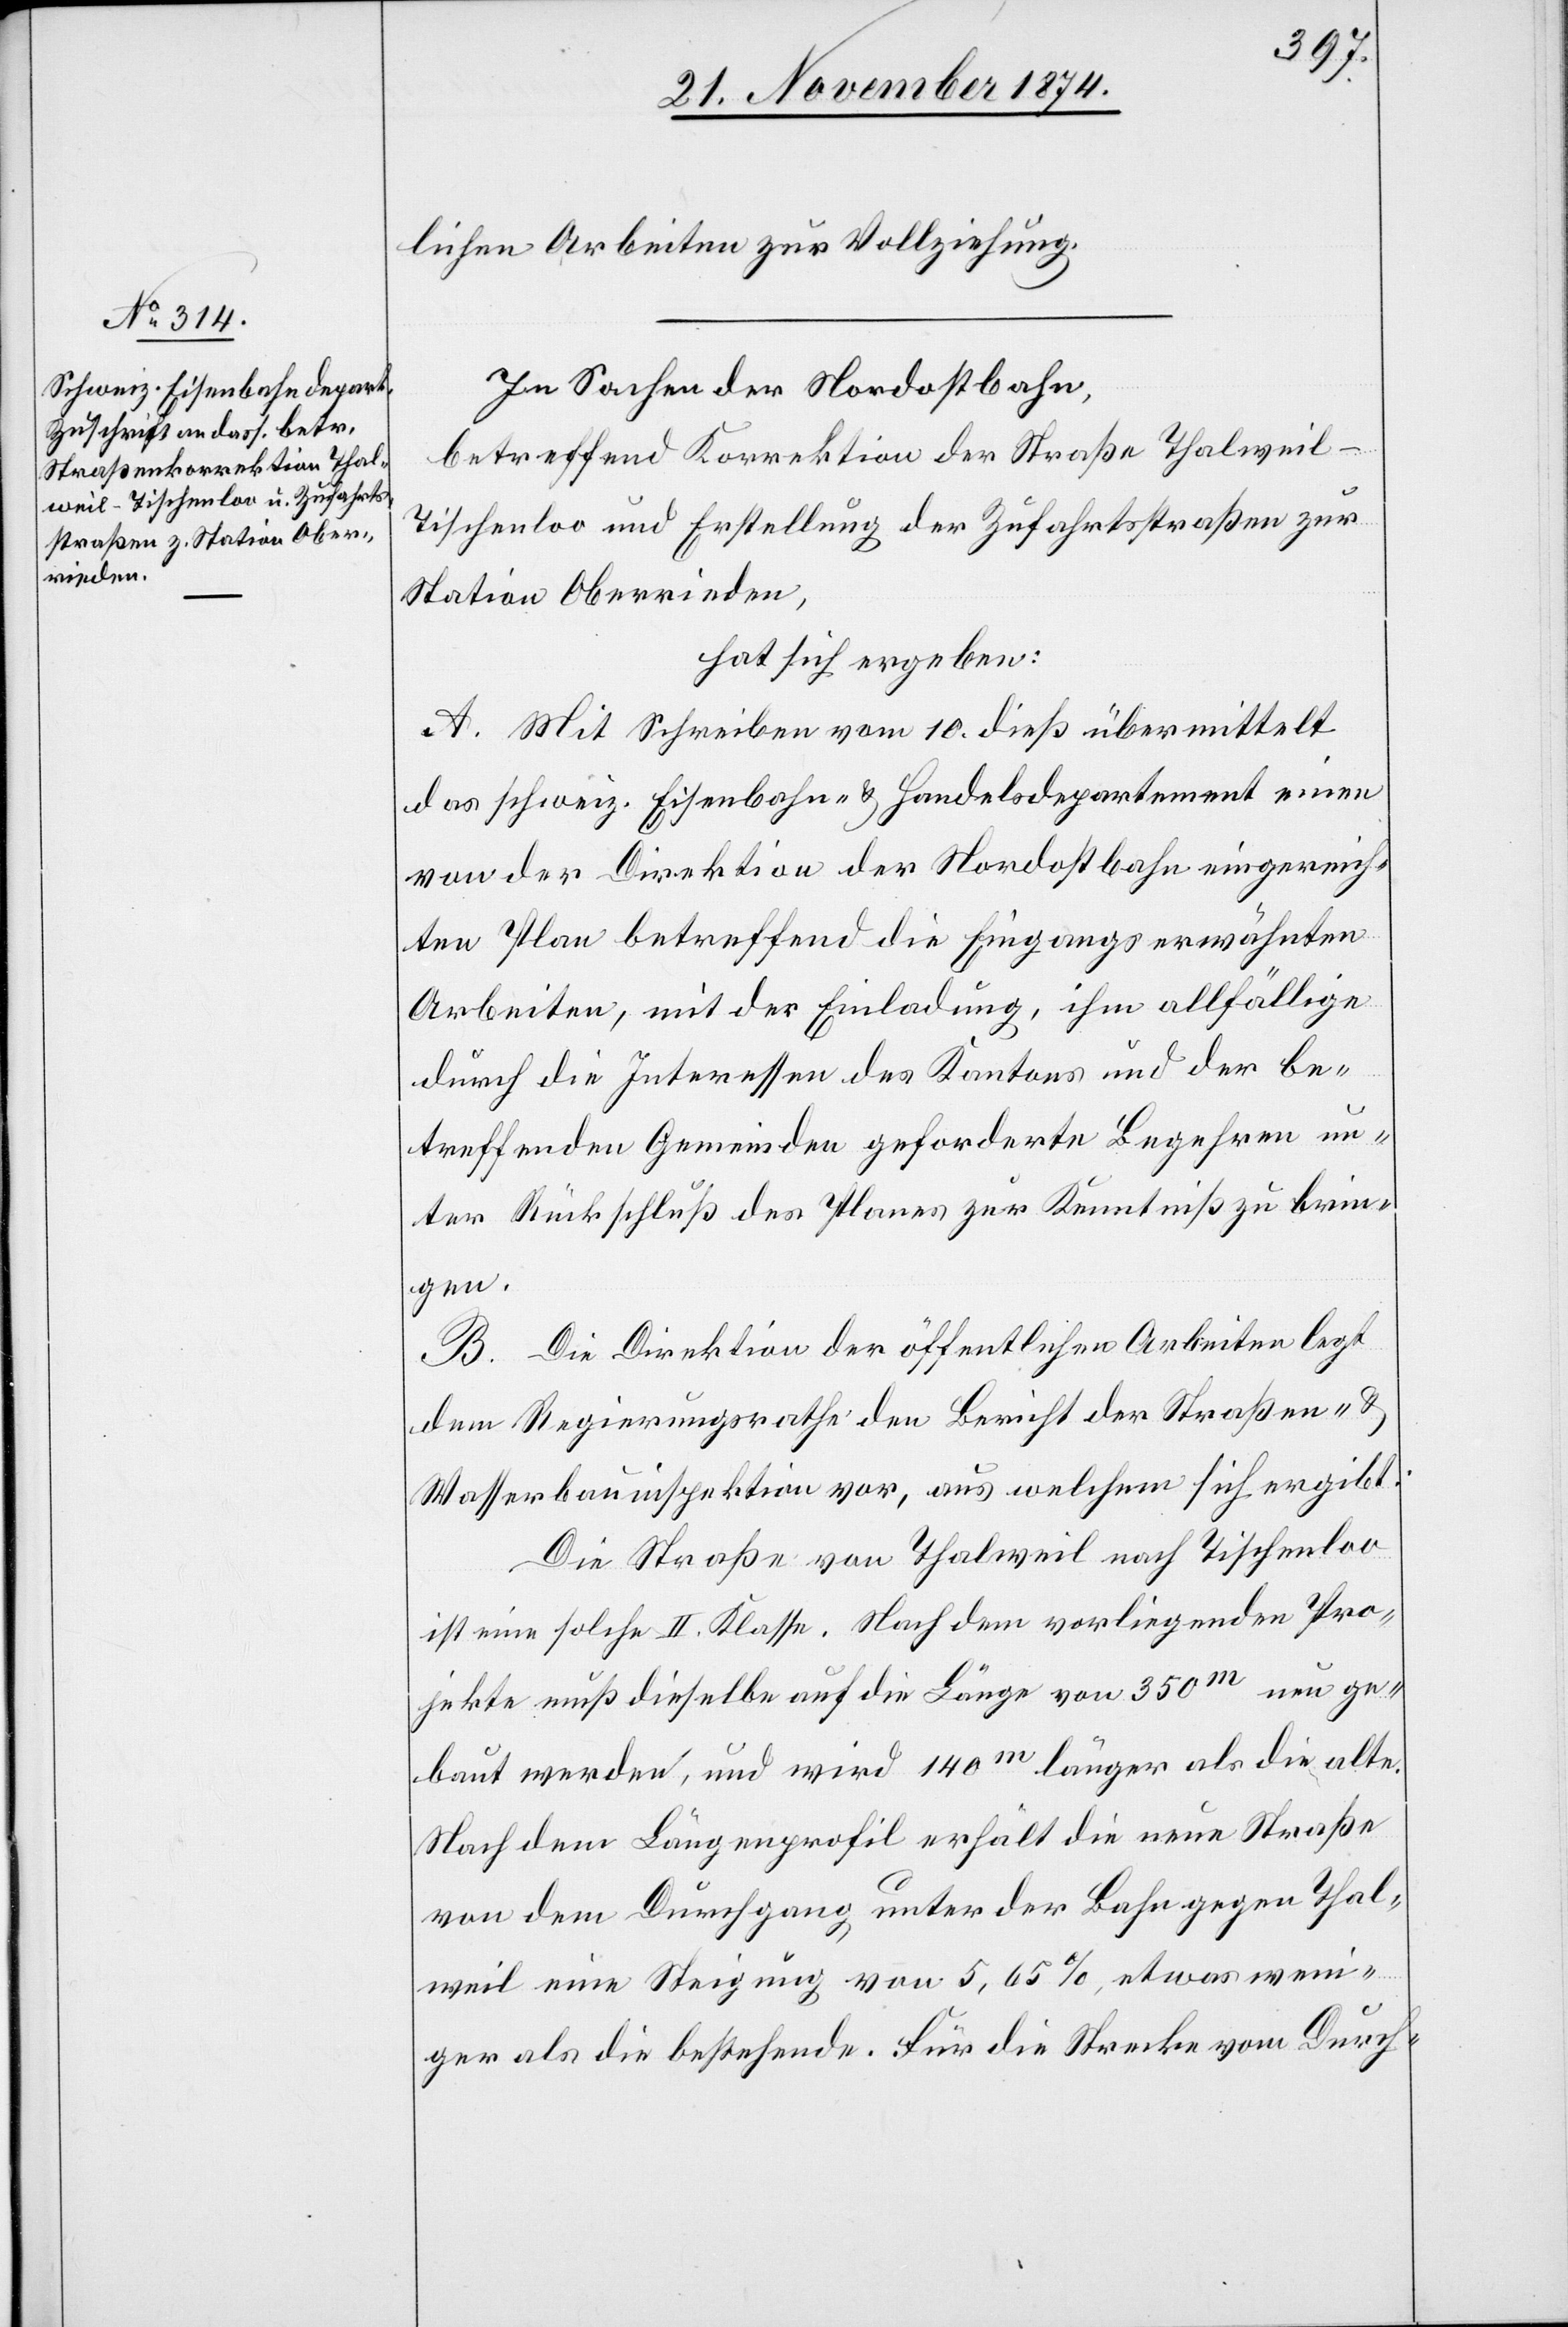
lichen Arbeiten zur Vollziehung.
In Sachen der Nordostbahn,
betreffend Korrektion der Straße Thalweil–T¬
ischenloo und Erstellung der Zufahrtsstraßen zur
Station Oberrieden,
hat sich ergeben:
A. Mit Schreiben vom 10. dieß übermittelt
das schweiz. Eisenbahn- & Handelsdepartement einen
von der Direktion der Nordostbahn eingereich¬
ten Plan betreffend die Eingangserwähnten
Arbeiten, mit der Einladung, ihm allfällige
durch die Interessen des Kantons und der be¬
treffenden Gemeinden geforderte Begehren un¬
ter Rückschluß des Planes zur Kenntniß zu brin¬
gen.
B. Die Direktion der öffentlichen Arbeiten legt
dem Regierungsrathe den Bericht der Straßen- &
Wasserbauinspektion vor, aus welchem sich ergibt:
Die Straße von Thalweil nach Tischenloo
ist eine solche II. Klasse. Nach dem vorliegenden Pro¬
jekte muß dieselbe auf die Länge von 350m neu ge¬
baut werden, und wird 140m länger als die alte.
Nach dem Längenprofil erhält die neue Straße
von dem Durchgang unter der Bahn gegen Thal¬
weil eine Steigung von 5,65%, etwas weni¬
ger als die bestehende. Für die Strecke vom Durch-